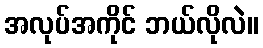
အလုပ်အကိုင် ဘယ်လိုလဲ။